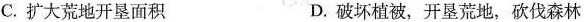
C.扩大荒地开垦面积 D.破坏植被，开垦荒地，砍伐森林